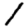
Digit: 1